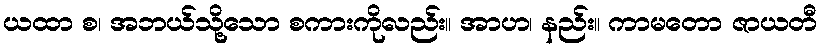
ယထာ စ၊ အဘယ်သို့သော စကားကိုလည်း။ အာဟ၊ နည်း။ ကာမတော ဇာယတီ